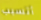
أتسبب